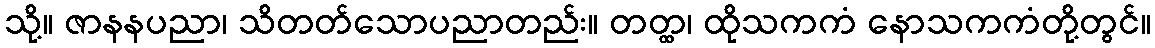
သို့။ ဇာနနပညာ၊ သိတတ်သောပညာတည်း။ တတ္ထ၊ ထိုသကကံ နောသကကံတို့တွင်။